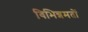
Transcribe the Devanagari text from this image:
विभिन्नमतों